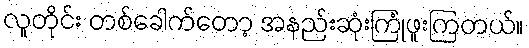
လူတိုင်း တစ်ခေါက်တော့ အနည်းဆုံးကြုံဖူးကြတယ်။